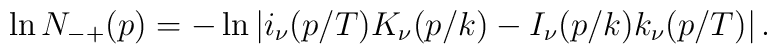
\ln N_{-+}(p) = -\ln\left|i_\nu(p/T) K_\nu(p/k) - I_\nu(p/k) k_\nu(p/T)\right|.